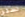
لستر